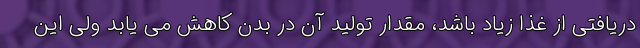
دریافتی از غذا زیاد باشد، مقدار تولید آن در بدن کاهش می یابد ولی این